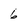
Character: 6